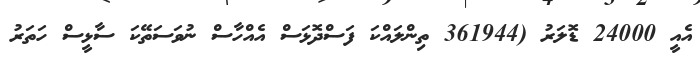
އެއީ 24000 ޑޮލަރު (361944 ތިންލައްކަ ފަސްދޮޅަސް އެއްހާސް ނުވަސަތޭކަ ސާޅީސް ހަތަރު